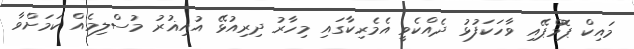
މައިކް ޕޮމްޕޭއި ވާހަކަފުޅު ދެއްކެވީ އެމެރިކާގައި މިހާރު ދިރިއުޅޭ އުއިޣުރު މުސްލިމެއް ކަމަށްވާ